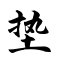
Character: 垫